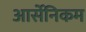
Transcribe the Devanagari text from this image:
आर्सेनिकम